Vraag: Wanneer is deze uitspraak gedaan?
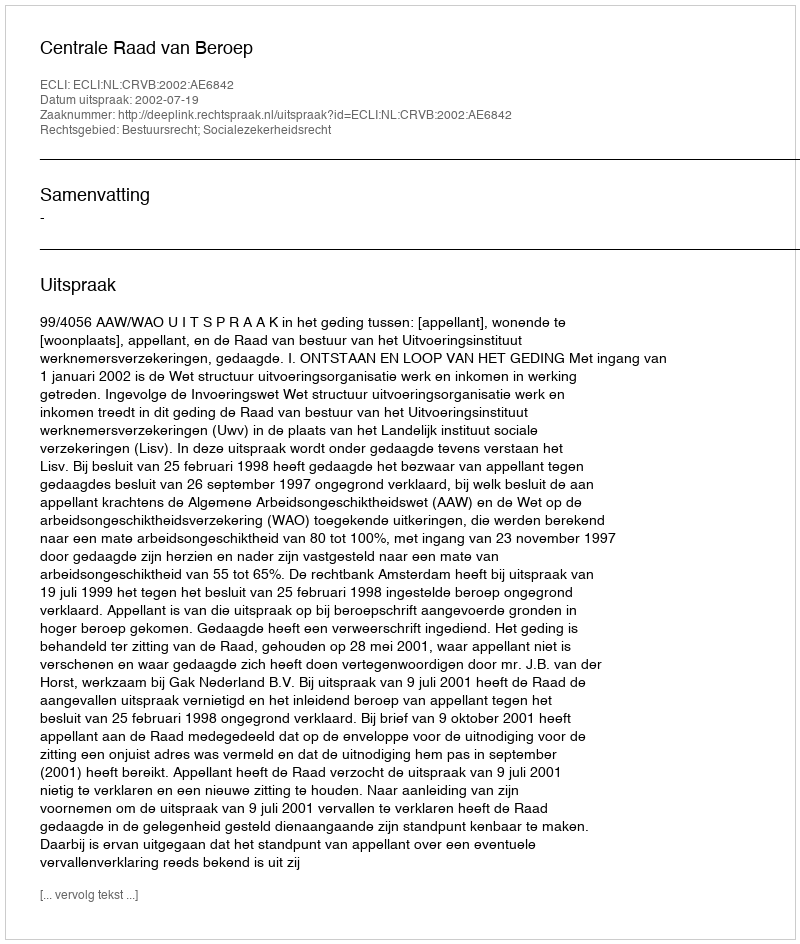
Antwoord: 2002-07-19